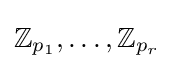
\mathbb {Z} _{p_{1}},\dots ,\mathbb {Z} _{p_{r}}